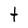
Character: t